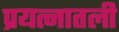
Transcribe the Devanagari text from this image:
प्रयत्नातली